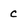
Character: C